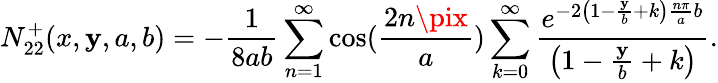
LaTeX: N_{22}^{+}(x,\mathbf{y},a,b)=-\frac{{1}}{{8ab}}\sum_{n=1}^{\infty}\cos(\frac{{2n\pix}}{{a}})\sum_{k=0}^{\infty}\frac{{e^{-2\left(1-\frac{{\mathbf{y}}}{{b}}+k\right)\frac{{n\pi}}{{a}}b}}}{{\left(1-\frac{{\mathbf{y}}}{{b}}+k\right)}}.